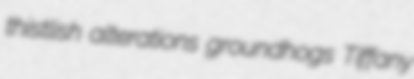
thistlish alterations groundhogs Tiffany